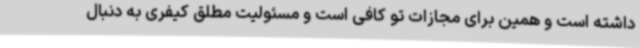
داشته است و همین برای مجازات تو کافی است و مسئولیت مطلق کیفری به دنبال